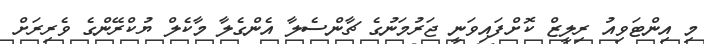
މި އިންޓަވިއު ރިލީޒް ކޮށްފައިވަނީ ޖަރުމަނުގެ ޗާންސެލާ އެންގެލާ މާކެލް ޔުކްރޭންގެ ވެރިރަށް